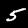
Label: 5